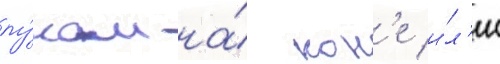
лу́ком на́ кон'е и́л'и